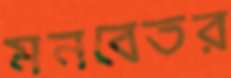
মনবেতর